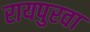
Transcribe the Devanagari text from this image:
रायपुरवा